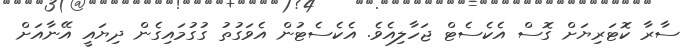
ސާރާ ކޮޓަރިޔަށް ގޮސް އެކެސެޓް ޖަހާލިއެވެ. އެކެސެޓުން އެވަގުތު ގުގުމައިގެން ދިޔައީ އޭނާއަށް